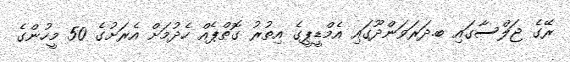
ރޭގެ ޖަލްސާގައި ބ.ދަރަވަންދޫގައި އެމްޑީޕީގެ އިތުރު ގޮތްޕެއް ހެދުމަށް އެރަށުގެ 50 މީހުންގެ